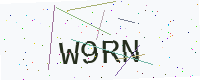
Text: W9RN